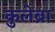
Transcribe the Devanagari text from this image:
कुलेब्रा